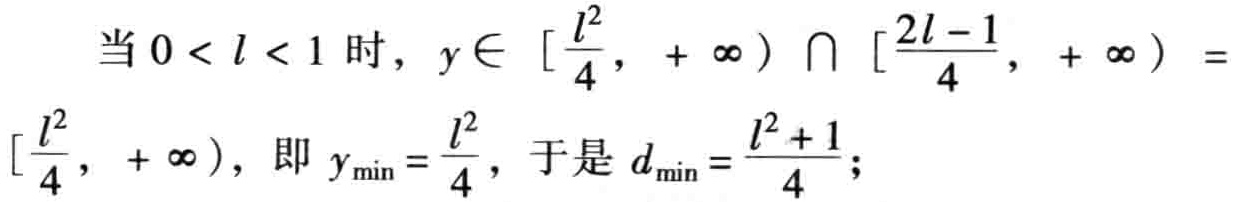
当 \(0 < l < 1\) 时，\(y\in \left[\frac{l^{2}}{4}, +\infty\right)\cap\left[\frac{2l - 1}{4}, +\infty\right)=\left[\frac{l^{2}}{4}, +\infty\right)\)，即 \(y_{\min}=\frac{l^{2}}{4}\)，于是 \(d_{\min}=\frac{l^{2} + 1}{4}\)；